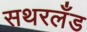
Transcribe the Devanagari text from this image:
सथरलँड